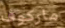
ماركوف